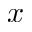
x